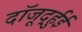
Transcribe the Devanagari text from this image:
दॉजूर्द्हुई